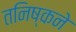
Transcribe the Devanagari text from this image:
तनिष्कने